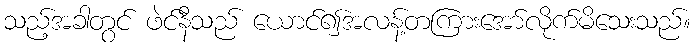
သည့်အခါတွင် ဖဲင်နီသည် ယောင်၍အလန့်တကြားအော်လိုက်မိသေးသည်။